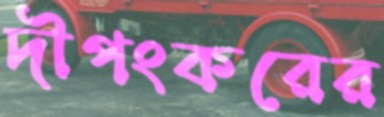
দীপংকরের